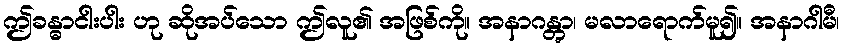
ဤခန္ဓာငါးပါး ဟု ဆိုအပ်သော ဤလူ၏ အဖြစ်ကို။ အနာဂန္တွာ၊ မလာရောက်မူ၍။ အနာဂါမီ၊